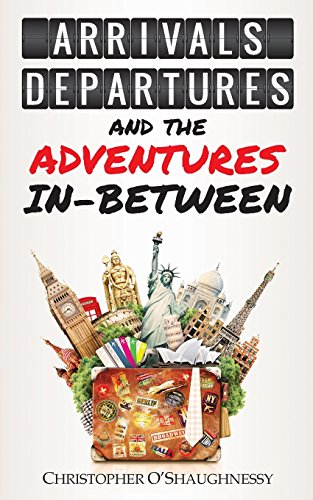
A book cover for Arrivals, Departures and the Adventures In-Between; Christopher O'Shaughnessy; Children's Books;